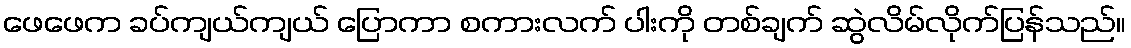
ဖေဖေက ခပ်ကျယ်ကျယ် ပြောကာ စကားလက် ပါးကို တစ်ချက် ဆွဲလိမ်လိုက်ပြန်သည်။